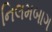
નિલમબાગ